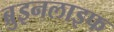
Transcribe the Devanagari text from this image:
ब्रुइनलाइफ